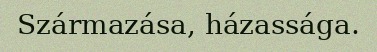
Származása, házassága.